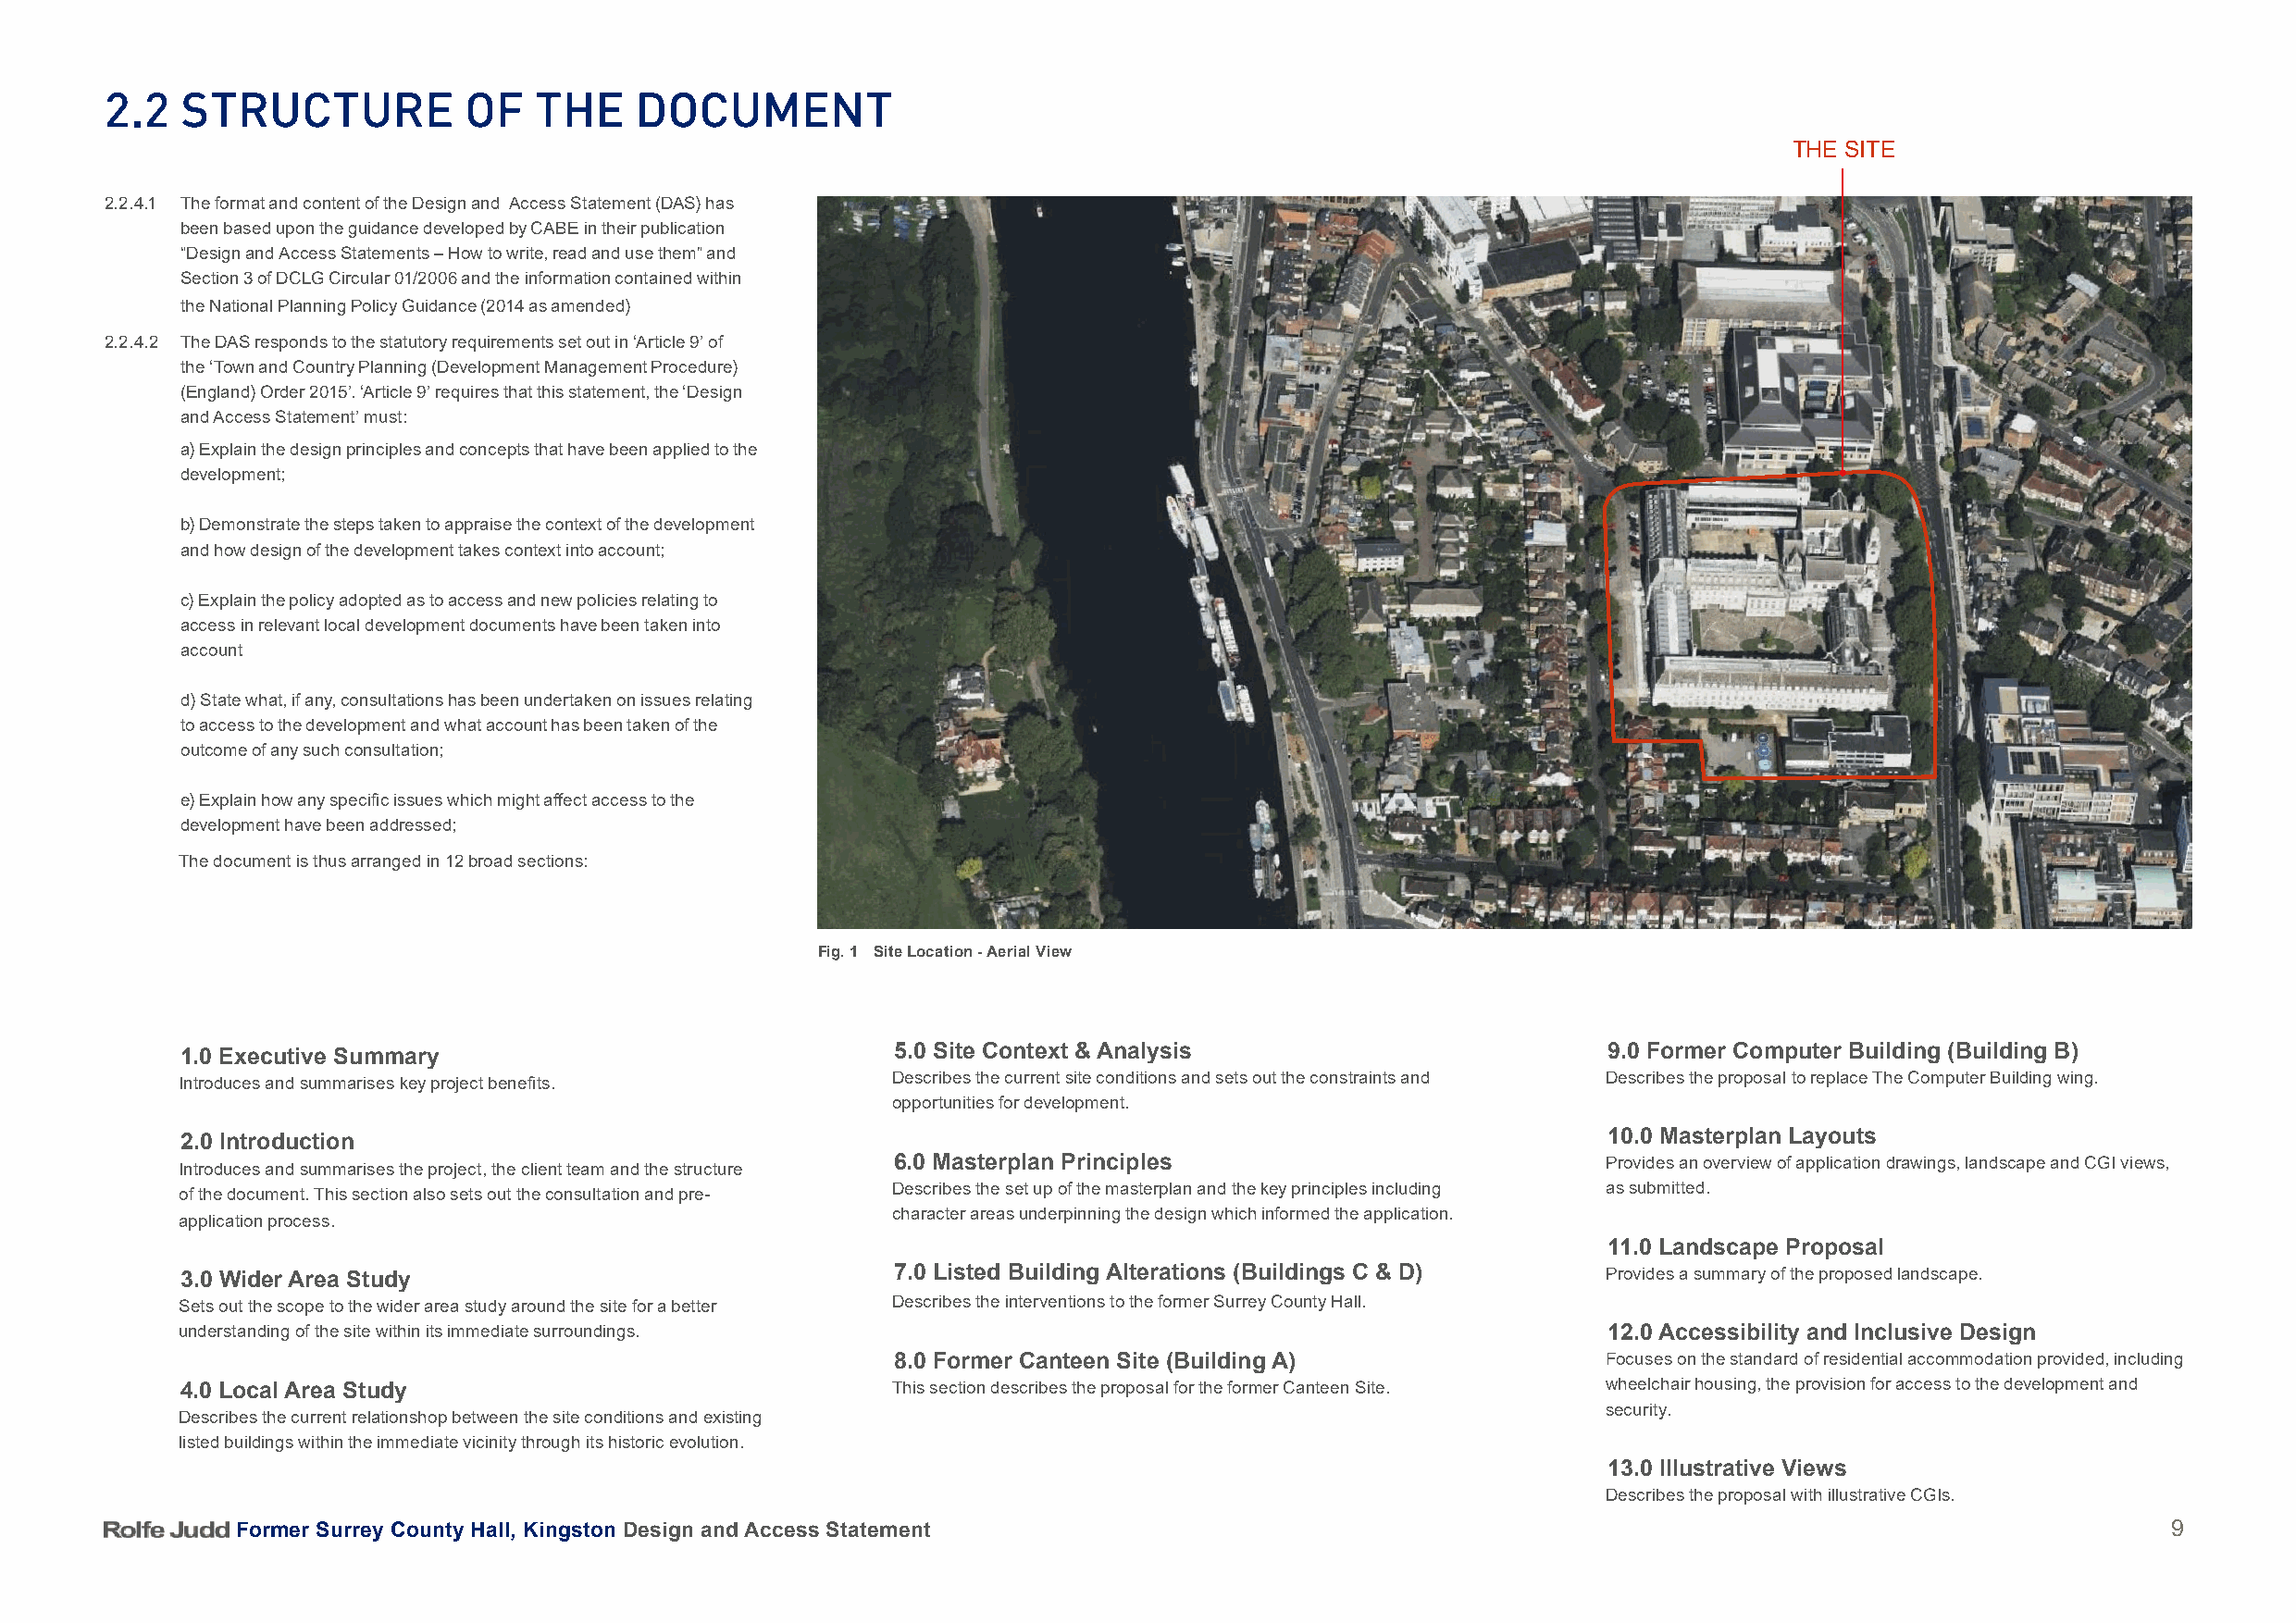
2.2   StruCture           oF   tHe    DoCument
 THE SITE
 2.2.4.1 The format and content of the Design and Access Statement (DAS) has
 been based upon the guidance developed by CABE in their publication
 “Design and Access Statements – How to write, read and use them” and
 Section 3 of DCLG Circular 01/2006 and the information contained within
 the National Planning Policy Guidance (2014 as amended)
 2.2.4.2 The DAS responds to the statutory requirements set out in ‘Article 9’ of
 the ‘Town and Country Planning (Development Management Procedure)
 (England) Order 2015’. ‘Article 9’ requires that this statement, the ‘Design
 and Access Statement’ must:
 a) Explain the design principles and concepts that have been applied to the
 development;
 b) Demonstrate the steps taken to appraise the context of the development
 and how design of the development takes context into account;
 c) Explain the policy adopted as to access and new policies relating to
 access in relevant local development documents have been taken into
 account
 d) State what, if any, consultations has been undertaken on issues relating
 to access to the development and what account has been taken of the
 outcome of any such consultation;
 e) Explain how any specific issues which might affect access to the
 development have been addressed;
 The document is thus arranged in 12 broad sections:
 Fig. 1 Site Location - Aerial View
 1.0 Executive Summary
 5.0 Site Context & Analysis                        9.0 Former Computer Building (Building B)
 Describes the current site conditions and sets out the constraints and Describes the proposal to replace The Computer Building wing.
 Introduces and summarises key project benefits.
 opportunities for development.
 10.0 Masterplan Layouts
 2.0 Introduction
 6.0 Masterplan Principles                          Provides an overview of application drawings, landscape and CGI views,
 Introduces and summarises the project, the client team and the structure
 of the document. This section also sets out the consultation and pre- Describes the set up of the masterplan and the key principles including as submitted.
 character areas underpinning the design which informed the application.
 application process.
 11.0 Landscape Proposal
 3.0 Wider Area Study                               7.0 Listed Building Alterations (Buildings C & D)  Provides a summary of the proposed landscape.
 Sets out the scope to the wider area study around the site for a better Describes the interventions to the former Surrey County Hall.
 understanding of the site within its immediate surroundings.                                          12.0 Accessibility and Inclusive Design
 8.0 Former Canteen Site (Building A)               Focuses on the standard of residential accommodation provided, including
 4.0 Local Area Study                               This section describes the proposal for the former Canteen Site. wheelchair housing, the provision for access to the development and
 Describes the current relationshop between the site conditions and existing
 security.
 listed buildings within the immediate vicinity through its historic evolution.
 13.0 Illustrative Views
 Describes the proposal with illustrative CGIs.
 Former Surrey County Hall, Kingston Design and Access Statement                                                                           9